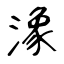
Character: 潒